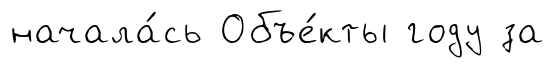
начала́сь Объе́кты году за